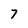
Character: 7